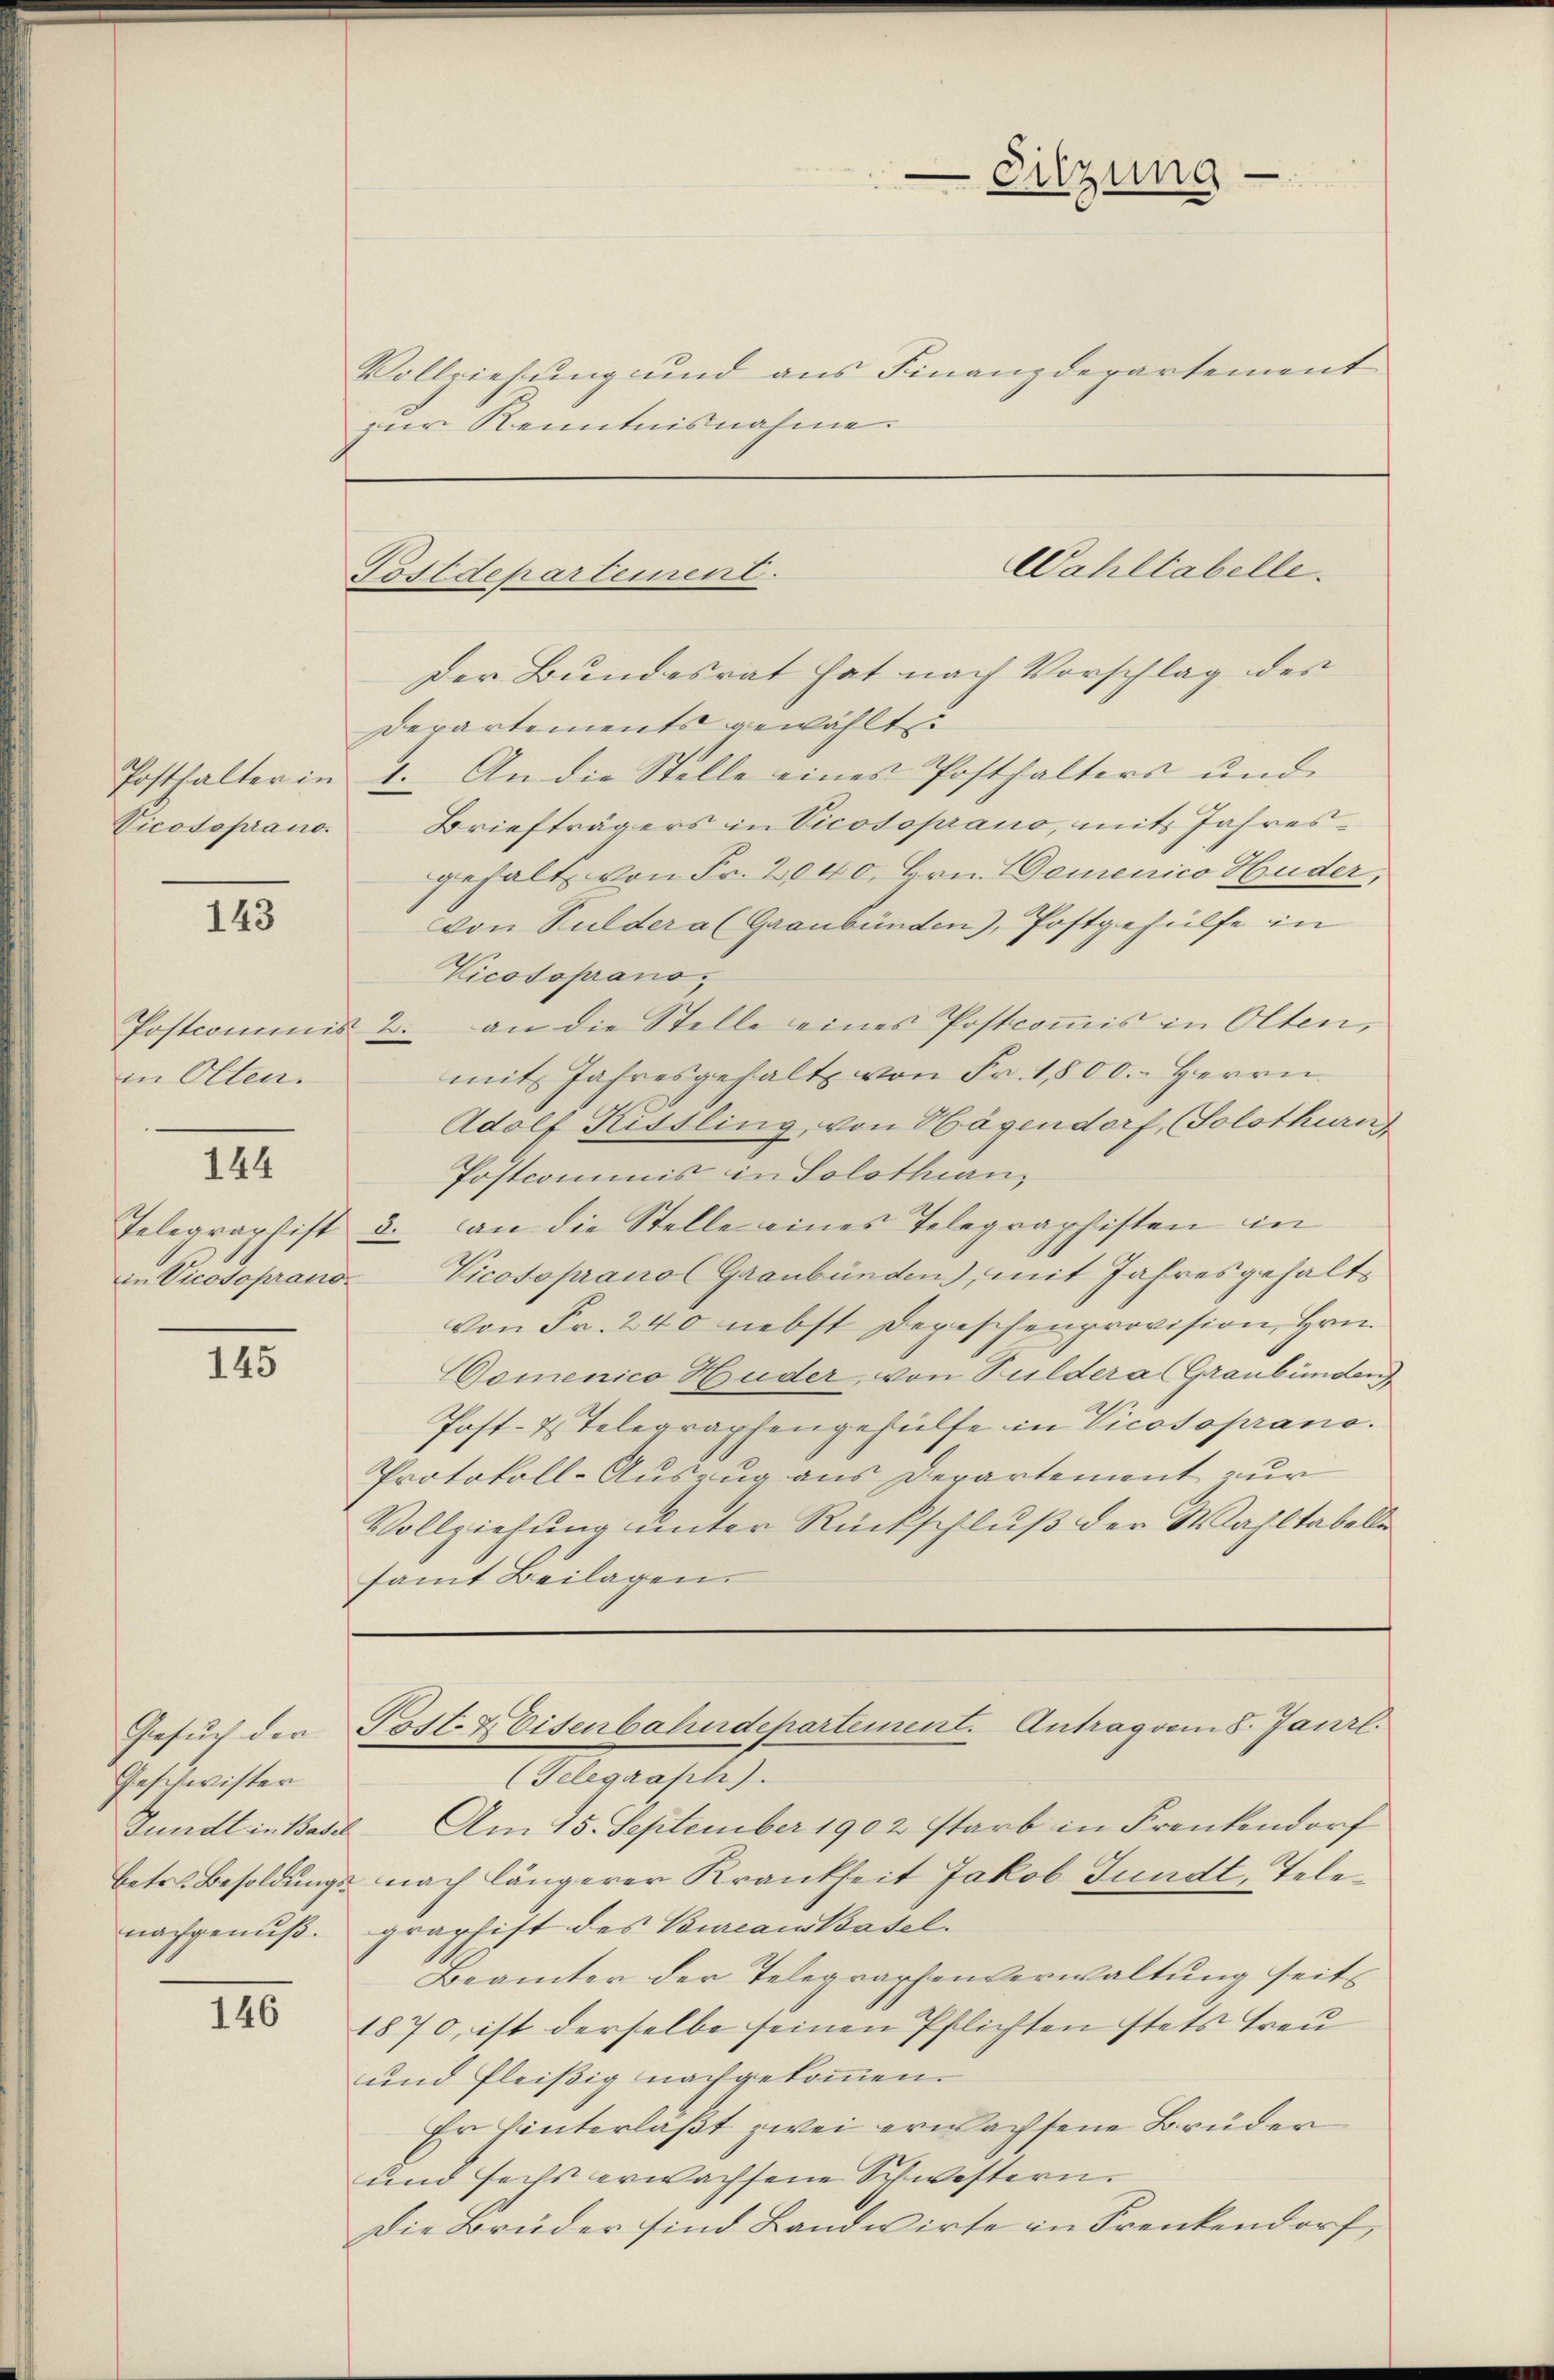
Posthalter in
Vicosoprano.

143

in Olten.

144

145

Gesuch der
Geschwister
nachgenuß.

146

Vollziehung und aus Finanzdepartement
zur Kenntnisnahme.

Der Bundesrat hat nach Vorschlag des
Departements gewählte
1. An die Stelle eines Posthalters und
Briefträgers in Vicosoprano, mit Jahresgehalt von Fr. 2040, Hrn. Demenico Huder,
von Gulder a (Graubünden), Postgehülfe in
Vicosoprano,
Postcommis 2. an die Stelle eines Postcoṁis in Olten,
mit Jahresgehalt von Fr. 1,800. Herrn
Adolf Kussling, von Hagendorf, (Solothurn
Postcommis in Solothurn,
Telegraphist 3. an die Stelle eines Telegraphisten in
Vicosoprano (Graubünden), mit Jahresgehalts
von Fr. 240 nebst Depeschenprovision, Hrn.
omenico Huder, von Puldera (Graubünden
Post- 2. Telegraphengehülfe in Vicosoprano.
Protokoll-Auszug aus Departement zur
Vollziehung unter Rückschluß der Wahltabelle
samt Beilagen.

in Vicosoprano.

-Sitzung.

Cahltabelle.
Postdepartement.

Past. Eisenbahndepartement. Antrag vom 8. Janrl.

(Telegraph).
Jundt in Basel. Am 15. September 1902 starb in Frenkendorf
betr. Besoldungs nach längerer Krankheit Jakob Fundt, Telegraphift des Bureauskasel.
Beämter der Telegraphenverwaltung seit
1870, ist derselbe seinen Pflichten stets treu
und fleißig nachgekommen.
Er hinterläßt zwei erwachsene Brüder
und sechs erwachsene Schwestern.
Die Brüder sind Landwirte in Frenkendorf,